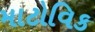
માટોવિક